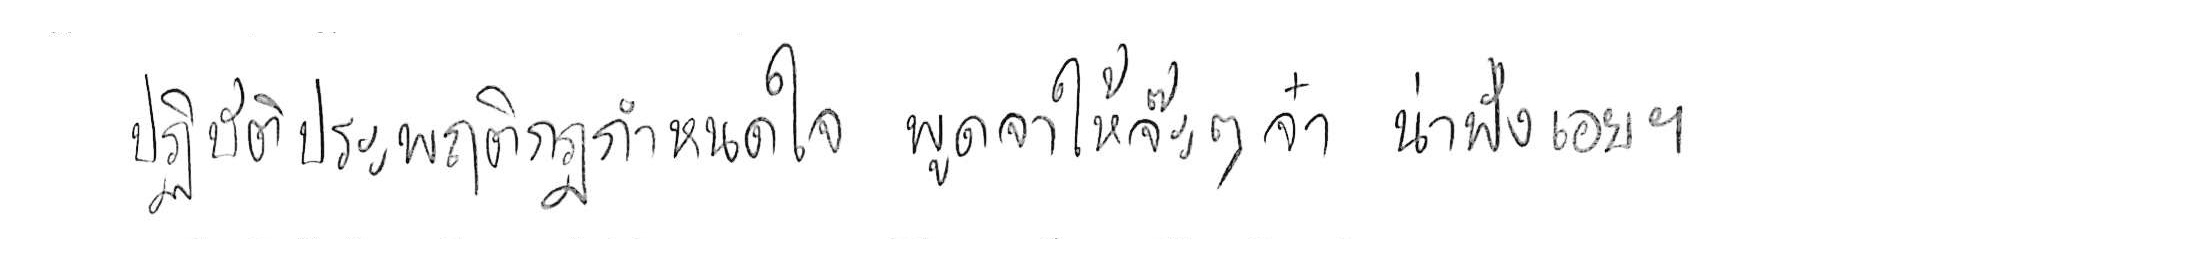
ปฏิบัติประพฤติกฎกำหนดใจ พูดจาให้จ๊ะๆ จ๋า น่าฟังเอยฯ